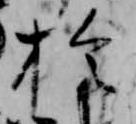
於